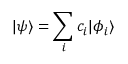
| \psi \rangle = \sum _ { i } c _ { i } | \phi _ { i } \rangle